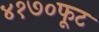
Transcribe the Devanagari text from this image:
४१७०फूट